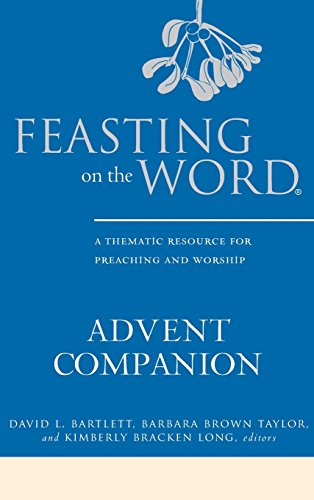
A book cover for Feasting on the Word Advent Companion: A Thematic Resource for Preaching and Worship; Christian Books & Bibles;